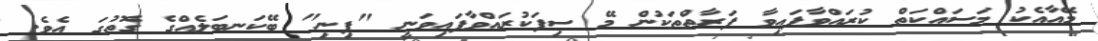
މޭއާއެކު މަސައްކަތް ކުރައްވާފައިވާ ފަރާތްތަކުން މޭ ސިފަކުރައްވާފައިވަނީ "ފިނި" ބޭކަނބަލެއްގެ ގޮތުގަ އެވެ.